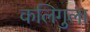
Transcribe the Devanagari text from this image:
कलिगुला